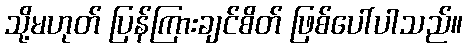
သို့မဟုတ် ပြန်ကြားချင်စိတ် ဖြစ်ပေါ်ပါသည်။